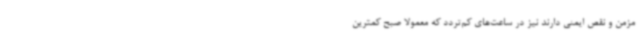
مزمن و نقص ایمنی دارند نیز در ساعت‌های کم‌تردد که معمولا صبح کمترین